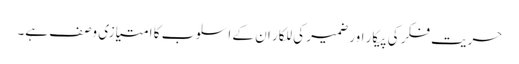
حریت فکر کی پیکار اور ضمیر کی للکار ان کے اسلوب کا امتیازی وصف ہے۔